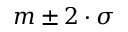
m \pm 2 \cdot \sigma